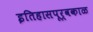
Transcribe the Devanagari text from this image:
इतिहासपूर्वकाळ